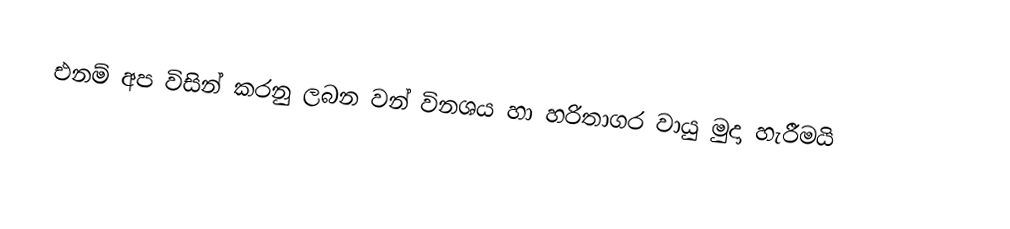
එනම් අප විසින් කරනු ලබන වන් විනශය හා හරිතාගර වායු මුදා හැරීමයි